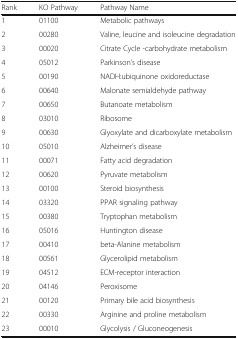
<table><thead><tr><td><b>Rank</b></td><td><b>KO Pathway</b></td><td><b>Pathway Name</b></td></tr></thead><tbody><tr><td>1</td><td>01100</td><td>Metabolic pathways</td></tr><tr><td>2</td><td>00280</td><td>Valine, leucine and isoleucine degradation</td></tr><tr><td>3</td><td>00020</td><td>Citrate Cycle -carbohydrate metabolism</td></tr><tr><td>4</td><td>05012</td><td>Parkinson’s disease</td></tr><tr><td>5</td><td>00190</td><td>NADH:ubiquinone oxidoreductase</td></tr><tr><td>6</td><td>00640</td><td>Malonate semialdehyde pathway</td></tr><tr><td>7</td><td>00650</td><td>Butanoate metabolism</td></tr><tr><td>8</td><td>03010</td><td>Ribosome</td></tr><tr><td>9</td><td>00630</td><td>Glyoxylate and dicarboxylate metabolism</td></tr><tr><td>10</td><td>05010</td><td>Alzheimer’s disease</td></tr><tr><td>11</td><td>00071</td><td>Fatty acid degradation</td></tr><tr><td>12</td><td>00620</td><td>Pyruvate metabolism</td></tr><tr><td>13</td><td>00100</td><td>Steroid biosynthesis</td></tr><tr><td>14</td><td>03320</td><td>PPAR signaling pathway</td></tr><tr><td>15</td><td>00380</td><td>Tryptophan metabolism</td></tr><tr><td>16</td><td>05016</td><td>Huntington disease</td></tr><tr><td>17</td><td>00410</td><td>beta-Alanine metabolism</td></tr><tr><td>18</td><td>00561</td><td>Glycerolipid metabolism</td></tr><tr><td>19</td><td>04512</td><td>ECM-receptor interaction</td></tr><tr><td>20</td><td>04146</td><td>Peroxisome</td></tr><tr><td>21</td><td>00120</td><td>Primary bile acid biosynthesis</td></tr><tr><td>22</td><td>00330</td><td>Arginine and proline metabolism</td></tr><tr><td>23</td><td>00010</td><td>Glycolysis / Gluconeogenesis</td></tr></tbody></table>